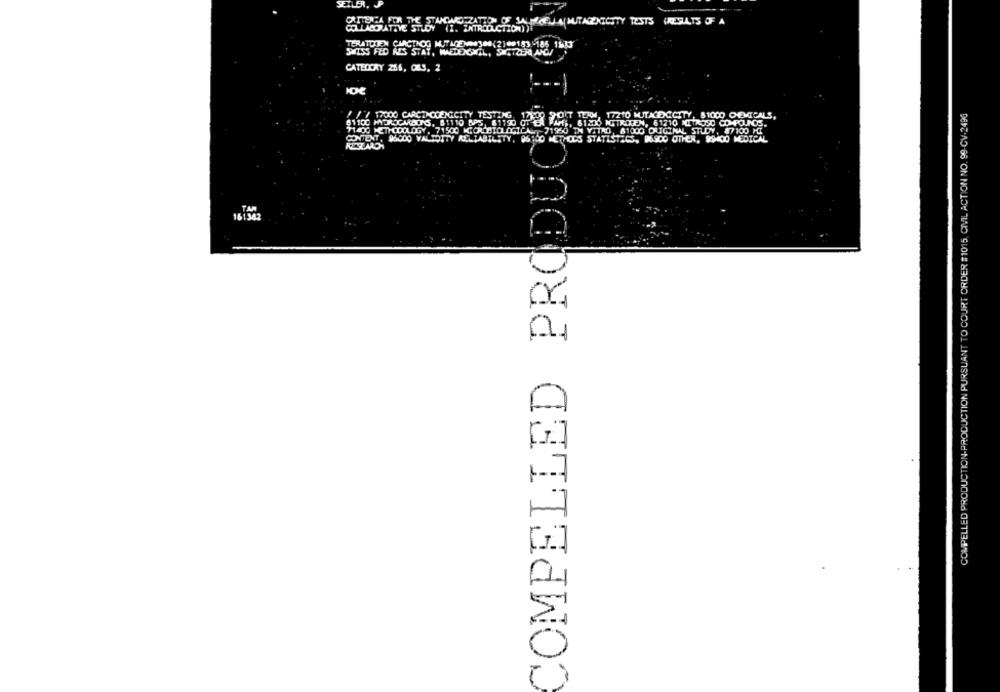
ZXICITY TESTS (KEBULLTS OF A
STUDY (1. INTRODUCTION)!
SWISS MED CA :09 MUT LE VON 300( 2) 00153 -185
CATELLAY 256, 063, 2
COMPELLED PRODUCE
COMPELLED PRODUCTION-PRODUCTION PURSUANT TO COURT ORDER #1015, CIVIL ACTION NO. 99-CV-2496
/ / 2000 CARCINOGENICITY TESTING
29 POUT TEAM, 17210 MUTAGENCICITY, 81000 CHEMICALS,
METHODOLOGY, 71500 MCOR BITO
TINO, 81000 ORIGINAL STUDY, 87100 HI
CONTENT. 96000 VALTOTTY KELTABI
TISTECS, BUSCO OTHER, 89NOO MEDICAL
16134